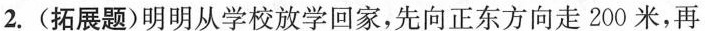
2. (拓展题)明明从学校放学回家，先向正东方向走200米，再